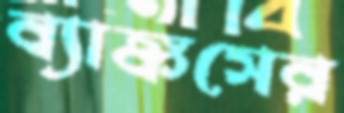
ব্যাঙ্কসের